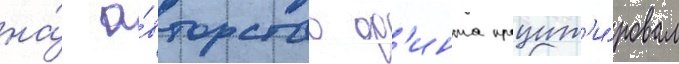
на́ а́вторство ф'инта процит'и́ровал